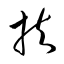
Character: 扶